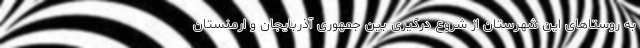
به روستاهای این شهرستان از شروع درگیری بین جمهوری آذربایجان و ارمنستان